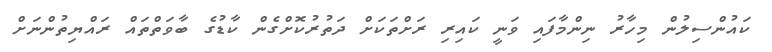
ކައުންސިލުން މިހާރު ނިންމާފައި ވަނީ ކައިރި ރަށްތަކަށް ދަތުރުކޮށްގެން ކާޑުގެ ބާވަތްތައް ރައްޔިތުންނަށް